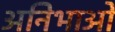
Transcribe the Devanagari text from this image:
अनिभाओ